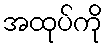
အထုပ်ကို